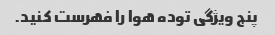
پنج ویژگی توده هوا را فهرست کنید.